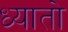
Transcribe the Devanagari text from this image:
ध्यातो